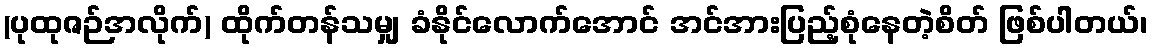
(ပုထုဇဉ်အလိုက်) ထိုက်တန်သမျှ ခံနိုင်လောက်အောင် အင်အားပြည့်စုံနေတဲ့စိတ် ဖြစ်ပါတယ်၊